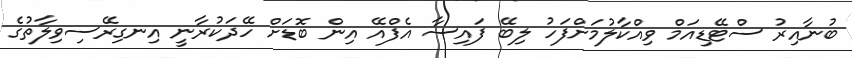
ބުނާއިރު ސްޓޭޑިއަމް ވިއްކާލުމަށްފަހު ލިބޭ ފައިސާ އެފްއޭ އިން ބޮޑަށް ހޭދަކުރާނީ އިނގިރޭސިވިލާތުގެ